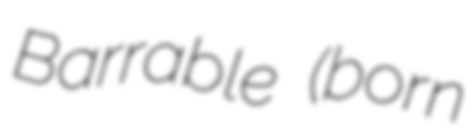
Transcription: Barrable (born